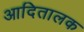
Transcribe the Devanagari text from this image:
आदितालक